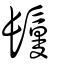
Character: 鬘